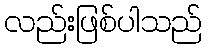
လည်းဖြစ်ပါသည်